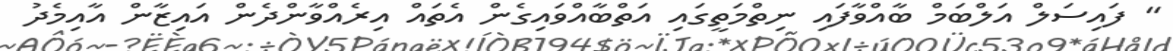
" ފައިސަލް އަލްބަމް ބާއްވާފައި ނިތްމަތީގައި އަތްބާއްވައިގެން އެތައް އިރެއްވާންދެން އައިޒާން އާއިމެދު